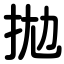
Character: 拋